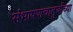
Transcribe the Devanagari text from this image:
संभाषणचातुर्याच्या